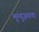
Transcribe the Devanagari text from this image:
मृत्युंजयाचा